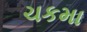
ચકમા